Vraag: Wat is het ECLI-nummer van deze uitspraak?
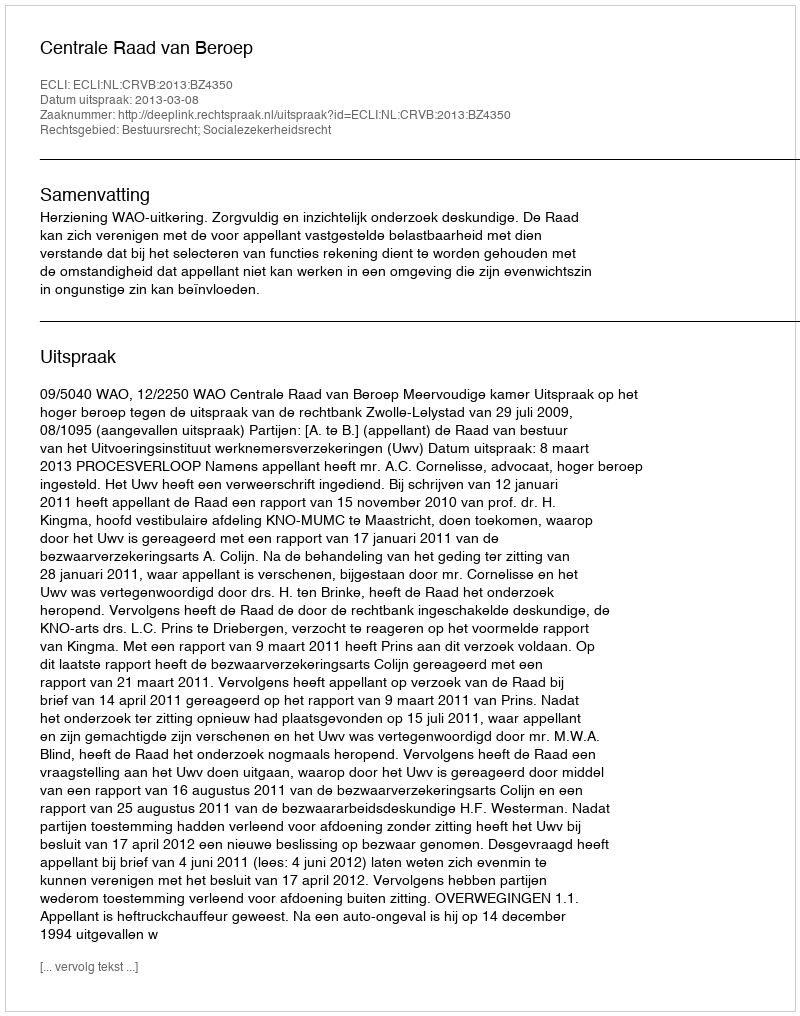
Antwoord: ECLI:NL:CRVB:2013:BZ4350